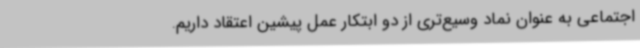
اجتماعی به عنوان نماد وسیع‌تری از دو ابتکار عمل پیشین اعتقاد داریم.